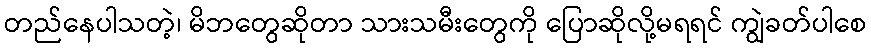
တည်နေပါသတဲ့၊ မိဘတွေဆိုတာ သားသမီးတွေကို ပြောဆိုလို့မရရင် ကျွဲခတ်ပါစေ